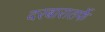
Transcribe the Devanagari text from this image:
दरबारातर्फे